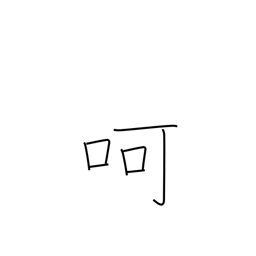
Meaning: blow on